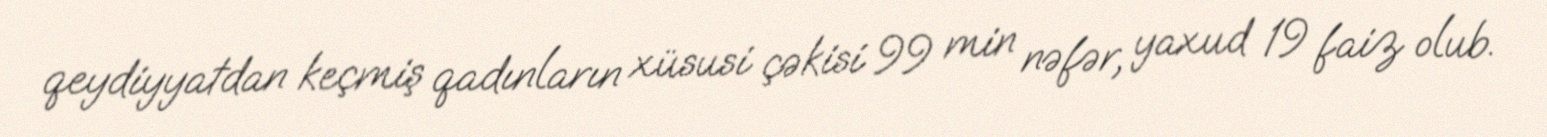
qeydiyyatdan keçmiş qadınların xüsusi çəkisi 99 min nəfər, yaxud 19 faiz olub.